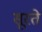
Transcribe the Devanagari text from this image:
सूरते